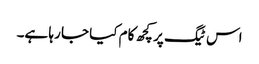
اس ٹیگ پر کچھ کام کیا جا رہا ہے۔